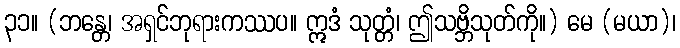
၃၁။ (ဘန္တေ၊ အရှင်ဘုရားကဿပ။ ဣဒံ သုတ္တံ၊ ဤသဗ္ဘိသုတ်ကို။) မေ (မယာ)၊